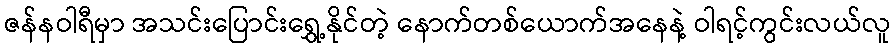
ဇန်နဝါရီမှာ အသင်းပြောင်းရွှေ့နိုင်တဲ့ နောက်တစ်ယောက်အနေနဲ့ ဝါရင့်ကွင်းလယ်လူ